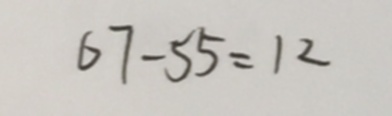
6 7 - 5 5 = 1 2